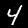
Label: 4